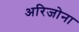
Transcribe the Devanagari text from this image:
अरिजोना